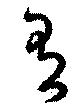
有